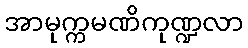
အာမုက္ကမဏိကုဏ္ဍလာ